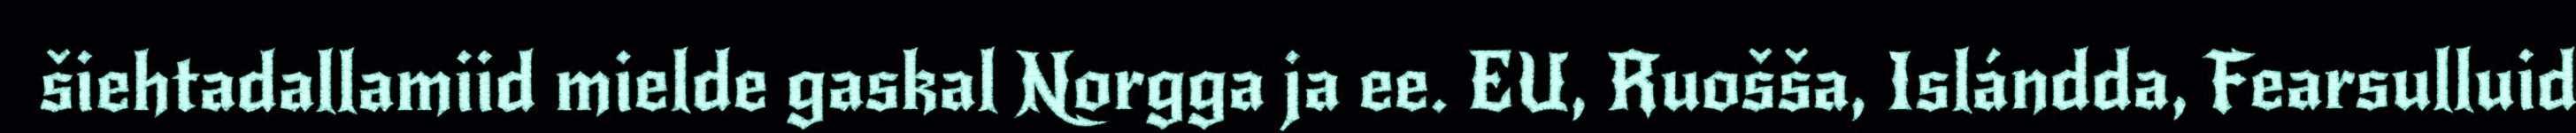
šiehtadallamiid mielde gaskal Norgga ja ee. EU, Ruošša, Islándda, Fearsulluid